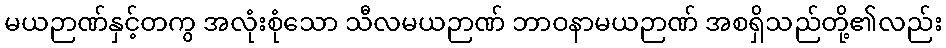
မယဉာဏ်နှင့်တကွ အလုံးစုံသော သီလမယဉာဏ် ဘာဝနာမယဉာဏ် အစရှိသည်တို့၏လည်း